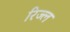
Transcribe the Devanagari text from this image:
रिज्ल